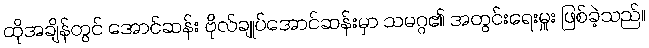
ထိုအချိန်တွင် အောင်ဆန်း ဗိုလ်ချုပ်အောင်ဆန်းမှာ သမဂ္ဂ၏ အတွင်းရေးမှူး ဖြစ်ခဲ့သည်။